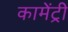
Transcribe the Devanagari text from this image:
कामेंट्री